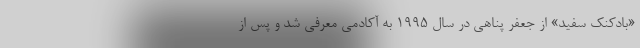
«بادکنک سفید» از جعفر پناهی در سال ۱۹۹۵ به آکادمی معرفی شد و پس از